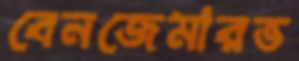
বেনজেমারভ